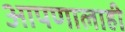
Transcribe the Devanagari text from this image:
आपणालाही